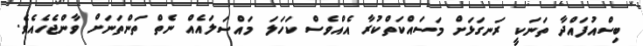
ބިސްއުފައްދާ ތަނަކީ ރަނގަޅަށް މަސައްކަތްކުރާ އެއްވެސް ކަހަލަ މައްސަލައެއް ނެތް ތަންތަނަށް ވާންޖެހެއެވެ.